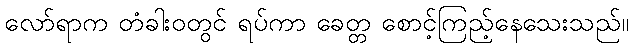
လော်ရာက တံခါးဝတွင် ရပ်ကာ ခေတ္တ စောင့်ကြည့်နေသေးသည်။